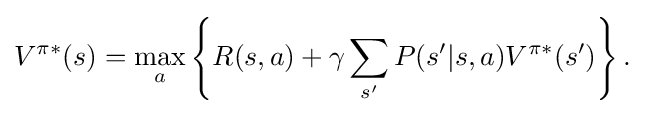
V^{\pi *}(s)=\max _{a}\left\{{R(s,a)+\gamma \sum _{s'}P(s'|s,a)V^{\pi *}(s')}\right\}.\